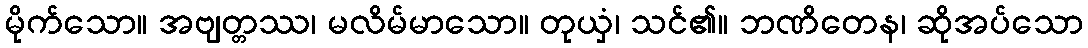
မိုက်သော။ အဗျတ္တဿ၊ မလိမ်မာသော။ တုယှံ၊ သင်၏။ ဘဏိတေန၊ ဆိုအပ်သော